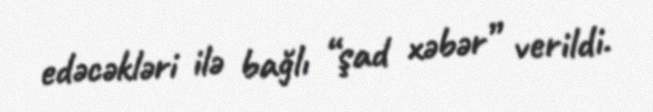
edəcəkləri ilə bağlı “şad xəbər” verildi.